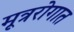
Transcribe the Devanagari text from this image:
मूत्ररोगात